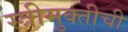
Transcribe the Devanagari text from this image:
स्त्रीमुक्तीची